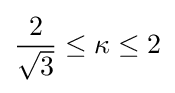
{\frac {2}{\sqrt {3}}}\leq \kappa \leq 2